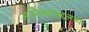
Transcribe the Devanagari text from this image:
अस्तित्वाबद्दलच्या